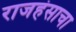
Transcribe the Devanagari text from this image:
राजहंसाचा